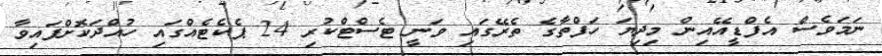
ނަމަވެސް އެފްޑީއޭއިން މިދިޔަ ހަފްތާގެ ތެރޭގައި ވަނީ ޓެސްޓްކުރި 24 ޕެކެޓެއްގައި ހުއްދަކޮށްފައިވާ